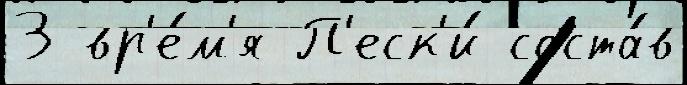
3 вр'е́м'я П'еск'и́ соста́в